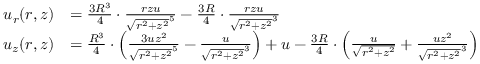
{ \begin{array} { r l } { u _ { r } ( r , z ) } & { = { \frac { 3 R ^ { 3 } } { 4 } } \cdot { \frac { r z u } { { \sqrt { r ^ { 2 } + z ^ { 2 } } } ^ { 5 } } } - { \frac { 3 R } { 4 } } \cdot { \frac { r z u } { { \sqrt { r ^ { 2 } + z ^ { 2 } } } ^ { 3 } } } } \\ { u _ { z } ( r , z ) } & { = { \frac { R ^ { 3 } } { 4 } } \cdot \left( { \frac { 3 u z ^ { 2 } } { { \sqrt { r ^ { 2 } + z ^ { 2 } } } ^ { 5 } } } - { \frac { u } { { \sqrt { r ^ { 2 } + z ^ { 2 } } } ^ { 3 } } } \right) + u - { \frac { 3 R } { 4 } } \cdot \left( { \frac { u } { \sqrt { r ^ { 2 } + z ^ { 2 } } } } + { \frac { u z ^ { 2 } } { { \sqrt { r ^ { 2 } + z ^ { 2 } } } ^ { 3 } } } \right) } \end{array} }